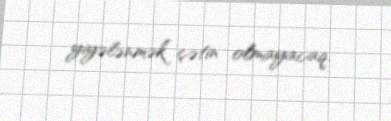
yiyələnmək çətin olmayacaq.